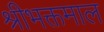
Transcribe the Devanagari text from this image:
श्रीभक्तमाल